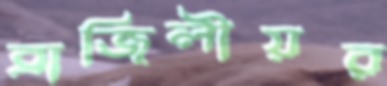
ব্রাজিলীয়র